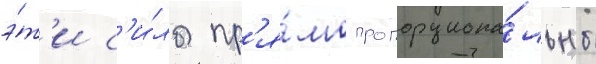
э́т'и с'и́лы пр'я́мо пропорциона́льны